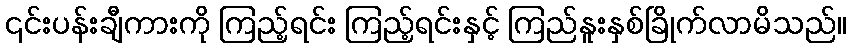
၎င်းပန်းချီကားကို ကြည့်ရင်း ကြည့်ရင်းနှင့် ကြည်နူးနှစ်ခြိုက်လာမိသည်။